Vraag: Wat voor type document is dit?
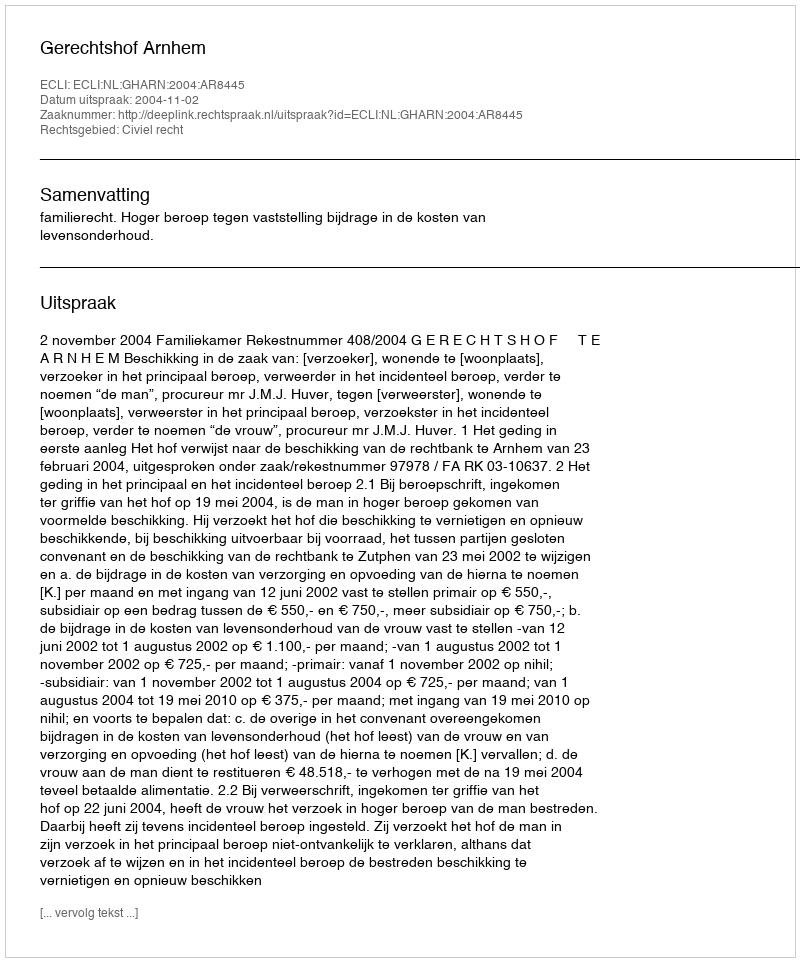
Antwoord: Uitspraak